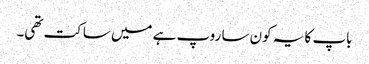
باپ کا یہ کون سا روپ ہے میں ساکت تھی۔